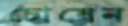
চোষেন